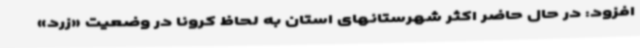
افزود: در حال حاضر اکثر شهرستانهای استان به لحاظ کرونا در وضعیت «زرد»